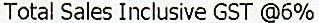
TOTAL SALES INCLUSIVE GST @6%